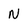
Character: N